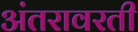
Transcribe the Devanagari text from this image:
अंतरावरती